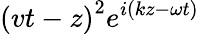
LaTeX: \left(vt-z\right)^{2}e^{i\left(kz-\omega t\right)}